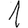
Digit: 1